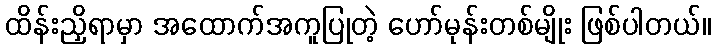
ထိန်းညှိရာမှာ အထောက်အကူပြုတဲ့ ဟော်မုန်းတစ်မျိုး ဖြစ်ပါတယ်။